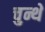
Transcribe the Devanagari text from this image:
चुन्थे